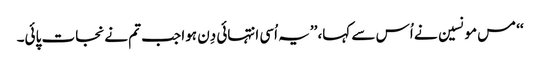
‘‘ مس مونسین نے اُس سے کہا، ’’یہ اُسی انتہائی دِن ہوا جب تم نے نجات پائی۔